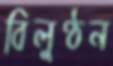
বিলুণ্ঠন